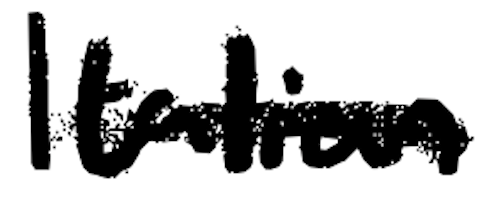
Text: Italian
Cross-out: single-line
Writing tool: digital_black